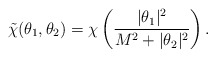
\begin{align*}\tilde{\chi}(\theta_1,\theta_2) = \chi\left(\frac{|\theta_1|^2}{M^2+|\theta_2|^2}\right).\end{align*}